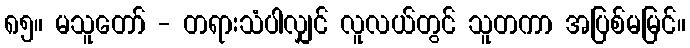
၈၅။ မသူတော် - တရားသံပါလျှင် လူလယ်တွင် သူတကာ အပြစ်မမြင်။